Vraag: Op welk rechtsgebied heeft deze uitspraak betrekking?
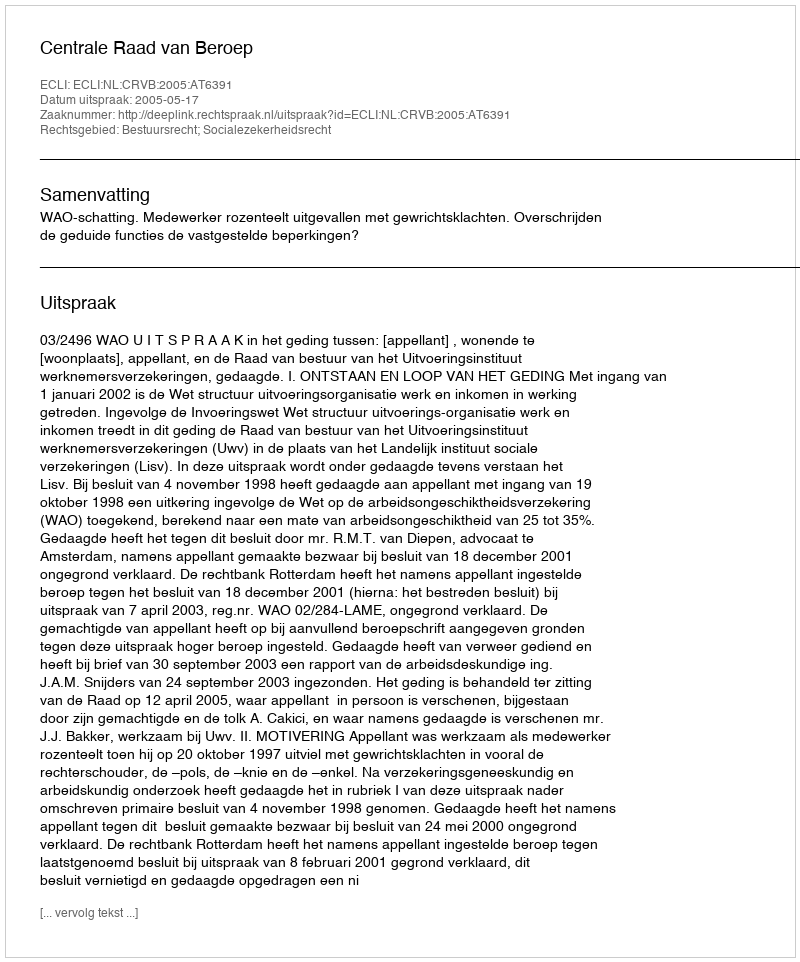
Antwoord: Bestuursrecht; Socialezekerheidsrecht